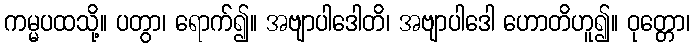
ကမ္မပထသို့။ ပတွာ၊ ရောက်၍။ အဗျာပါဒေါတိ၊ အဗျာပါဒေါ ဟောတိဟူ၍။ ဝုတ္တော၊